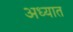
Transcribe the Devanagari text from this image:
अध्यात